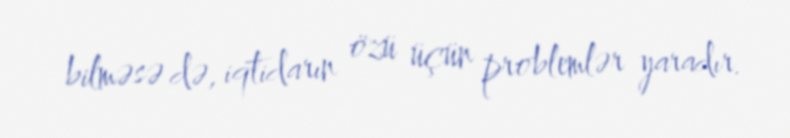
bilməsə də, iqtidarın özü üçün problemlər yaradır.